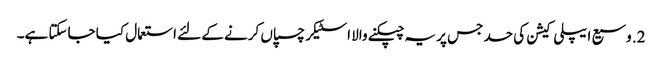
2. وسیع ایپلی کیشن کی حد جس پر یہ چپکنے والا اسٹیکر چسپاں کرنے کے لئے استعمال کیا جاسکتا ہے۔